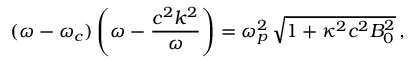
( \omega - \omega _ { c } ) \left( \omega - \frac { c ^ { 2 } k ^ { 2 } } { \omega } \right) = \omega _ { p } ^ { 2 } \, \sqrt { 1 + \kappa ^ { 2 } c ^ { 2 } B _ { 0 } ^ { 2 } } \, ,